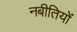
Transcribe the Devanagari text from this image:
नबीतियों